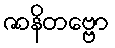
ဇာနိတဗ္ဗော